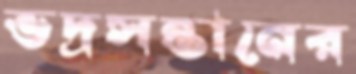
ভদ্রসন্তানের